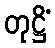
တုဋ္ဌိံ